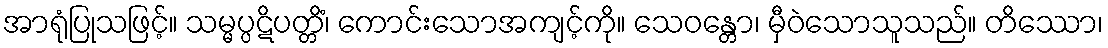
အာရုံပြုသဖြင့်။ သမ္မပ္ပဋိပတ္တိံ၊ ကောင်းသောအကျင့်ကို။ သေဝန္တော၊ မှီဝဲသောသူသည်။ တိဿော၊